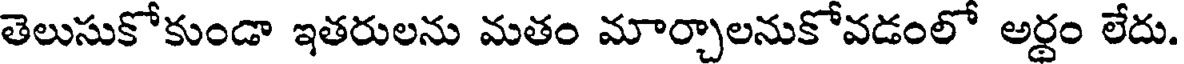
తెలుసుకోకుండా ఇతరులను మతం మార్చాలనుకోవడంలో అర్థం లేదు.